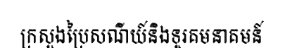
ក្រសួងប្រៃសណីយ៍និងទូរគមនាគមន៍